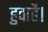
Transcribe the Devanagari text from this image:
हुवाहै।